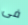
فى